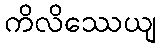
ကိလိဿေယျ